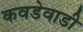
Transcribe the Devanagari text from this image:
कवडेवाडी